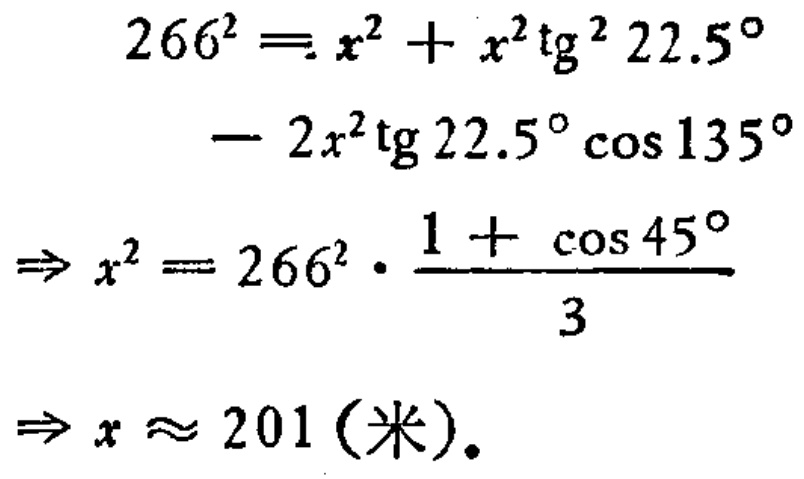
\[
\begin{align*}
266^{2}&=x^{2}+x^{2}\mathrm{tg}^{2}22.5^{\circ}- 2x^{2}\mathrm{tg}22.5^{\circ}\cos135^{\circ}\\
\Rightarrow x^{2}&=266^{2}\cdot\frac{1 + \cos45^{\circ}}{3}\\
\Rightarrow x&\approx201 (\text{米})
\end{align*}
\]